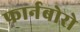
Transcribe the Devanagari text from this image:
फार्नबोरो